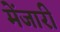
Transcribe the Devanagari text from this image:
मेंजारी